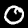
Digit: 0